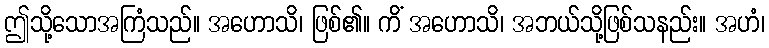
ဤသို့သောအကြံသည်။ အဟောသိ၊ ဖြစ်၏။ ကိံ အဟောသိ၊ အဘယ်သို့ဖြစ်သနည်း။ အဟံ၊